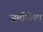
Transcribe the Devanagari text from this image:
जर्मानोत्ता